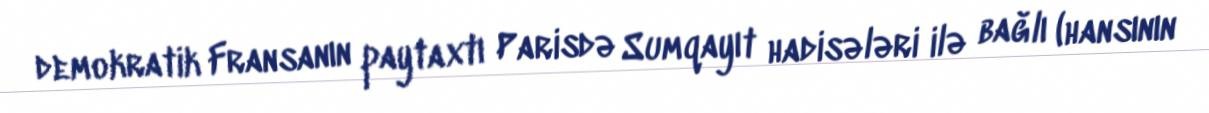
demokratik Fransanın paytaxtı Parisdə Sumqayıt hadisələri ilə bağlı (hansının